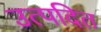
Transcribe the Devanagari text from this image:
उत्पदित